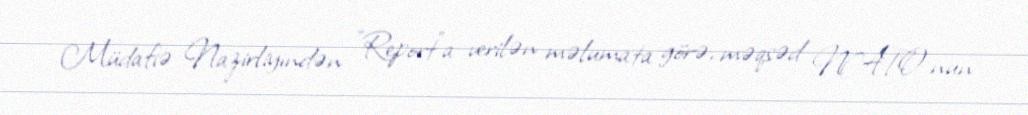
Müdafiə Nazirliyindən "Report"a verilən məlumata görə, məqsəd NATO-nun